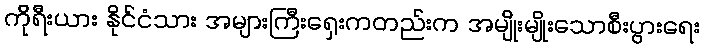
ကိုရီးယား နိုင်ငံသား အများကြီးရှေးကတည်းက အမျိုးမျိုးသောစီးပွားရေး